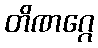
တိဏဂ္ဂေ